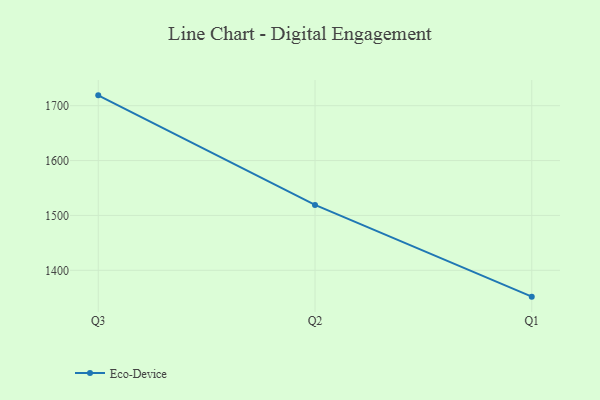
{"axis": {"x": "Quarter", "y": "Budget (USD K)"}, "legend": ["Eco-Device"], "data": [{"x": "Q3", "y": 1718.8, "type": "Eco-Device"}, {"x": "Q2", "y": 1519.1, "type": "Eco-Device"}, {"x": "Q1", "y": 1352.0, "type": "Eco-Device"}]}